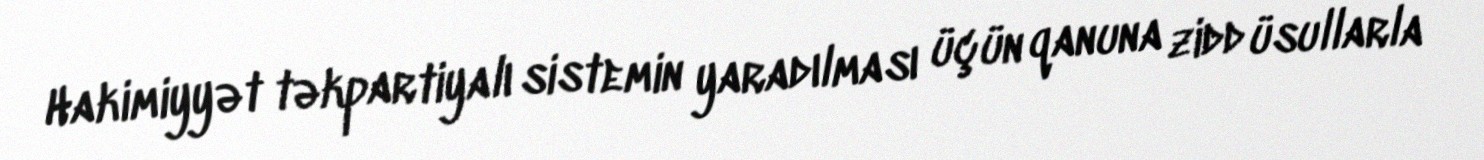
Hakimiyyət təkpartiyalı sistemin yaradılması üçün qanuna zidd üsullarla